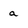
Character: a